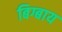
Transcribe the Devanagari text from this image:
बिग्बाय